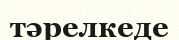
тәрелкеде